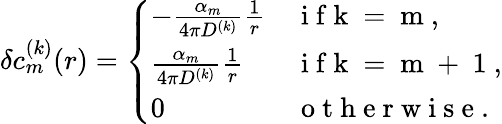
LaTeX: \delta c_{m}^{(k)}(r)=\left\{ \begin{array}{ll}{-\frac{\alpha_{m}}{4\pi D^{(k)}}\frac{1}{r}}&{\mathrm{~i~f~k~=~m~},}\\ {\frac{\alpha_{m}}{4\pi D^{(k)}}\frac{1}{r}}&{\mathrm{~i~f~k~=~m~+~1~},}\\ {0}&{\mathrm{~o~t~h~e~r~w~i~s~e~}.}\end{array}\right.